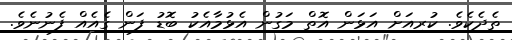
ތެދެކެވެ. ކުރިއަށް އަޅަން އޮތް މަގުން އެޅުމާއެކު ބޮޑު ފަން ގެއެއް ފެނުނެވެ.